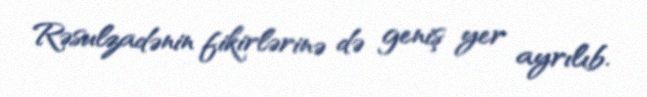
Rəsulzadənin fikirlərinə də geniş yer ayrılıb.